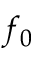
f _ { 0 }